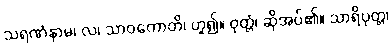
သရဏံနာမ၊ လ၊ သာဝကောတိ၊ ဟူ၍။ ဝုတ္တံ၊ ဆိုအပ်၏။ သာရိပုတ္တ၊